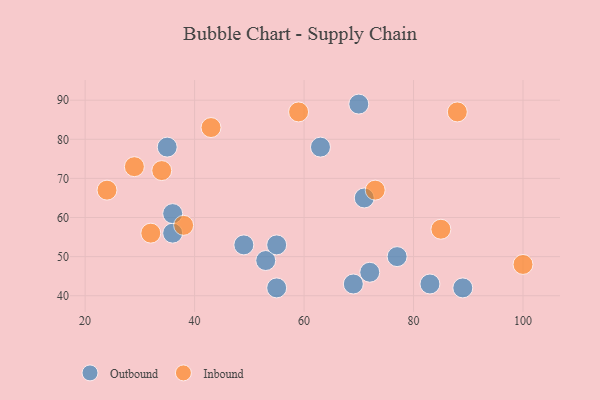
{"axis": {"x": "GDP", "y": "Life Expectancy"}, "legend": ["Inbound", "Outbound"], "data": [{"x": "71", "y": 65, "type": "Outbound"}, {"x": "70", "y": 89, "type": "Outbound"}, {"x": "72", "y": 46, "type": "Outbound"}, {"x": "36", "y": 56, "type": "Outbound"}, {"x": "49", "y": 53, "type": "Outbound"}, {"x": "35", "y": 78, "type": "Outbound"}, {"x": "63", "y": 78, "type": "Outbound"}, {"x": "36", "y": 61, "type": "Outbound"}, {"x": "53", "y": 49, "type": "Outbound"}, {"x": "55", "y": 42, "type": "Outbound"}, {"x": "83", "y": 43, "type": "Outbound"}, {"x": "69", "y": 43, "type": "Outbound"}, {"x": "89", "y": 42, "type": "Outbound"}, {"x": "55", "y": 53, "type": "Outbound"}, {"x": "77", "y": 50, "type": "Outbound"}, {"x": "73", "y": 67, "type": "Inbound"}, {"x": "32", "y": 56, "type": "Inbound"}, {"x": "38", "y": 58, "type": "Inbound"}, {"x": "43", "y": 83, "type": "Inbound"}, {"x": "85", "y": 57, "type": "Inbound"}, {"x": "100", "y": 48, "type": "Inbound"}, {"x": "59", "y": 87, "type": "Inbound"}, {"x": "29", "y": 73, "type": "Inbound"}, {"x": "88", "y": 87, "type": "Inbound"}, {"x": "24", "y": 67, "type": "Inbound"}, {"x": "34", "y": 72, "type": "Inbound"}]}